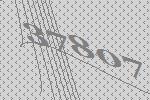
37807